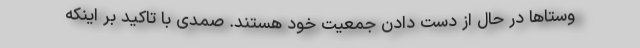
وستاها در حال از دست دادن جمعیت خود هستند. صمدی با تاکید بر اینکه